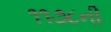
૧૧૭૮ની